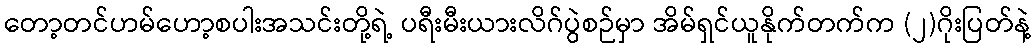
တော့တင်ဟမ်ဟော့စပါးအသင်းတို့ရဲ့ ပရီးမီးယားလိဂ်ပွဲစဉ်မှာ အိမ်ရှင်ယူနိုက်တက်က (၂)ဂိုးပြတ်နဲ့